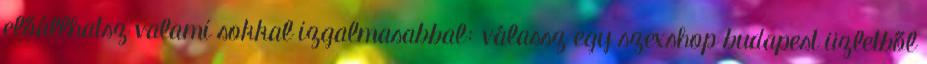
előállhatsz valami sokkal izgalmasabbal: válassz egy szexshop budapest üzletből